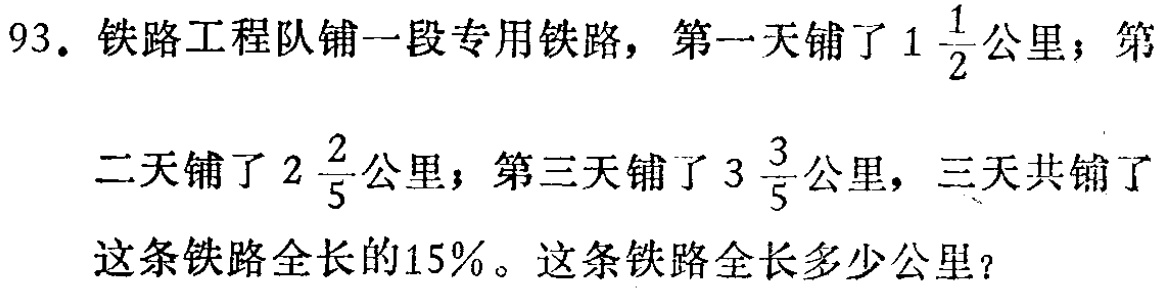
93. 铁路工程队铺一段专用铁路，第一天铺了\(1\frac{1}{2}\)公里；第二天铺了\(2\frac{2}{5}\)公里；第三天铺了\(3\frac{3}{5}\)公里，三天共铺了这条铁路全长的15%。这条铁路全长多少公里？